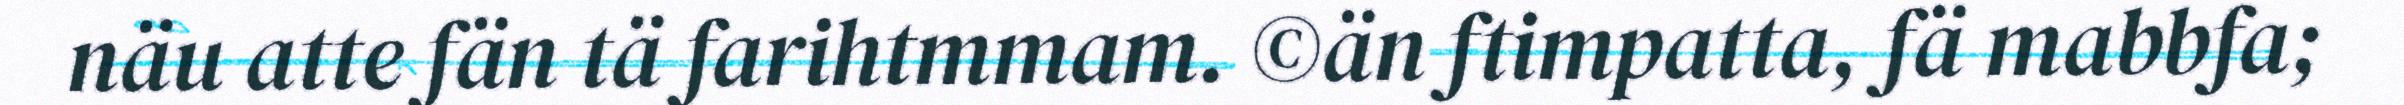
näu atte fän tä farihtmmam. ©än ftimpatta, fä mabbfa;